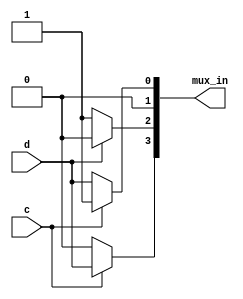
module top_module(
  input c,
  input d,
  output [3:0] mux_in
);
  // Multiplexers implemented as Verilog ternary operators
  assign mux_in = {
    c ? d : 1'b0,
    d ? 1'b0 : 1'b1,
    d ? 1'b0 : 1'b0,
    c ? 1'b1 : d
  };
endmodule